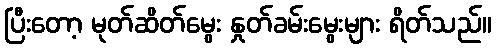
ပြီးတော့ မုတ်ဆိတ်မွေး နှုတ်ခမ်းမွေးများ ရိတ်သည်။